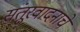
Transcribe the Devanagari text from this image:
संतूरवादनाचे